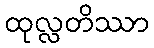
ထုလ္လတိဿာ